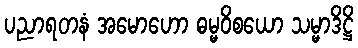
ပညာရတနံ အမောဟော ဓမ္မဝိစယော သမ္မာဒိဋ္ဌိ